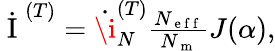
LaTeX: \begin{array}{r}{\dot{\mathrm{~I~}}^{(T)}=\dot{\i}_{N}^{(T)}\frac{N_{\mathrm{~e~f~f~}}}{N_{\mathrm{~m~}}}J(\alpha),}\end{array}